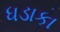
ધડાકા